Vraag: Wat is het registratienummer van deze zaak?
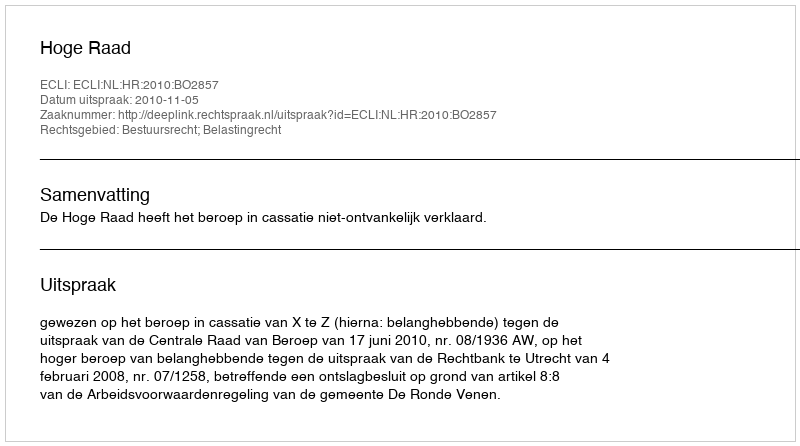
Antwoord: http://deeplink.rechtspraak.nl/uitspraak?id=ECLI:NL:HR:2010:BO2857